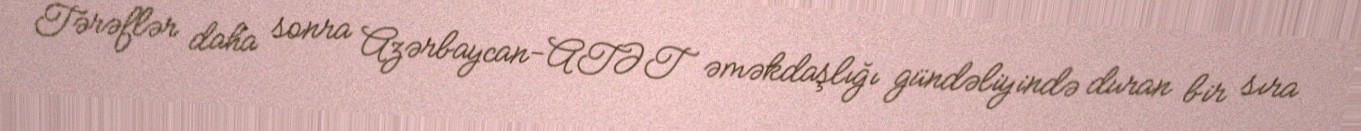
Tərəflər daha sonra Azərbaycan-ATƏT əməkdaşlığı gündəliyində duran bir sıra